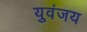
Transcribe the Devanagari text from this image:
युवंजय